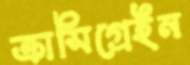
ক্রাসিগ্রেইন